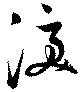
涙